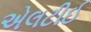
એલટીઈ